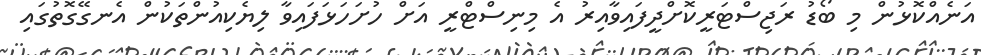
އަނެއްކޮޅުން މި ބޯޑު ރަޖިސްޓަރީކޮށްދީފައިވާއިރު އެ މިނިސްޓްރީ އަށް ހުށަހަޅަފައިވާ ލިޔެކިއުންތަކުން އެނގޭގޮތުގައި